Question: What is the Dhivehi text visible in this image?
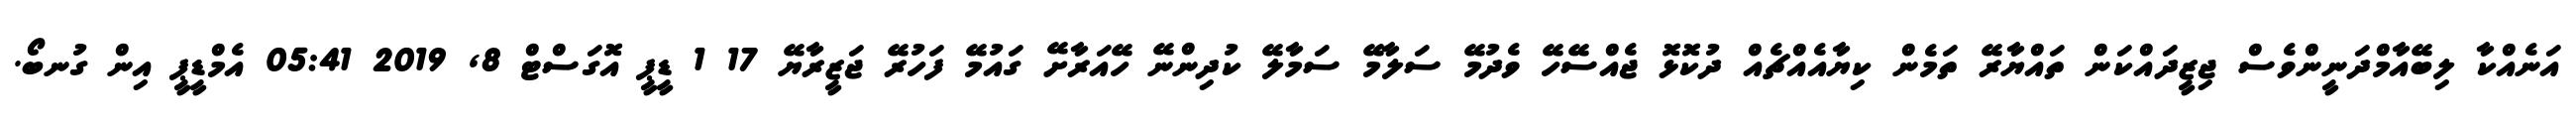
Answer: އަނެއްކާ ލިބޭއާމްދަނީންވެސް ޖިޒީދައްކަން ތައްޔާރޭ ތަމެން ކިޔާއެއްޗެއް ދުކޮޅޮ ޖެއްސޭހޭ ވެދުމޭ ސަލާމޭ ސަމާލޭ ކުދިންނޭ ހޭއަރާށޭ ގައުމޭ ފަހުރޭ ޖަޒީރާޔޭ 17 1 ޑީޕީ އޮގަސްޓް 8, 2019 05:41 އެމްޑީޕީ އިން ގުނބޯ.